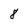
Character: 8